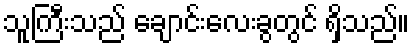
သူကြီးသည် ချောင်းလေးခွတွင် ရှိသည်။